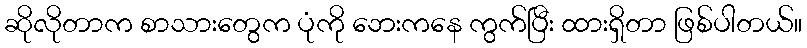
ဆိုလိုတာက စာသားတွေက ပုံကို ဘေးကနေ ကွက်ပြီး ထားရှိတာ ဖြစ်ပါတယ်။